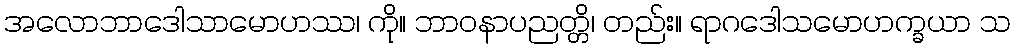
အလောဘာဒေါသာမောဟဿ၊ ကို။ ဘာဝနာပညတ္တိ၊ တည်း။ ရာဂဒေါသမောဟက္ခယာ သ